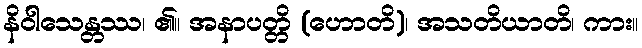
နိဝါသေန္တဿ၊ ၏။ အနာပတ္တိ (ဟောတိ)၊ အသတိယာတိ၊ ကား။